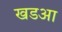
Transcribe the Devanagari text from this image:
खडआ